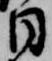
日